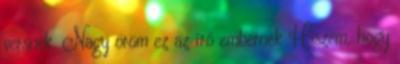
versnek. Nagy öröm ez az író embernek Hiszem, hogy